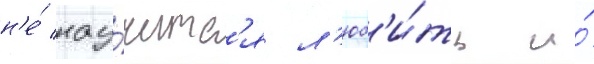
н'е́ нау́читс'я л'юб'и́ть и́